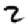
Digit: 2